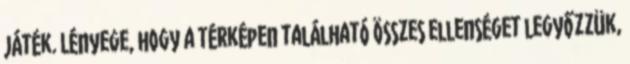
játék. Lényege, hogy a térképen található összes ellenséget legyőzzük,